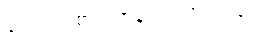
ခင်ဗျား စားတာနည်းလိုက်တာ။